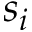
s _ { i }